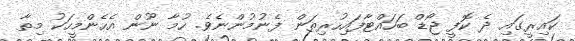
ކައިރީގައި ދެ ކޮފީ ޖޯޑް ބަހައްޓާފައިހުރިތަން ފެނުމުންނެވެ. ހުމާ ނޫން އެހެންމީހަކު މިތާ